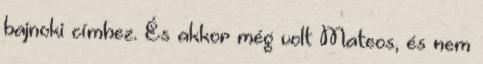
bajnoki címhez. És akkor még volt Mateos, és nem